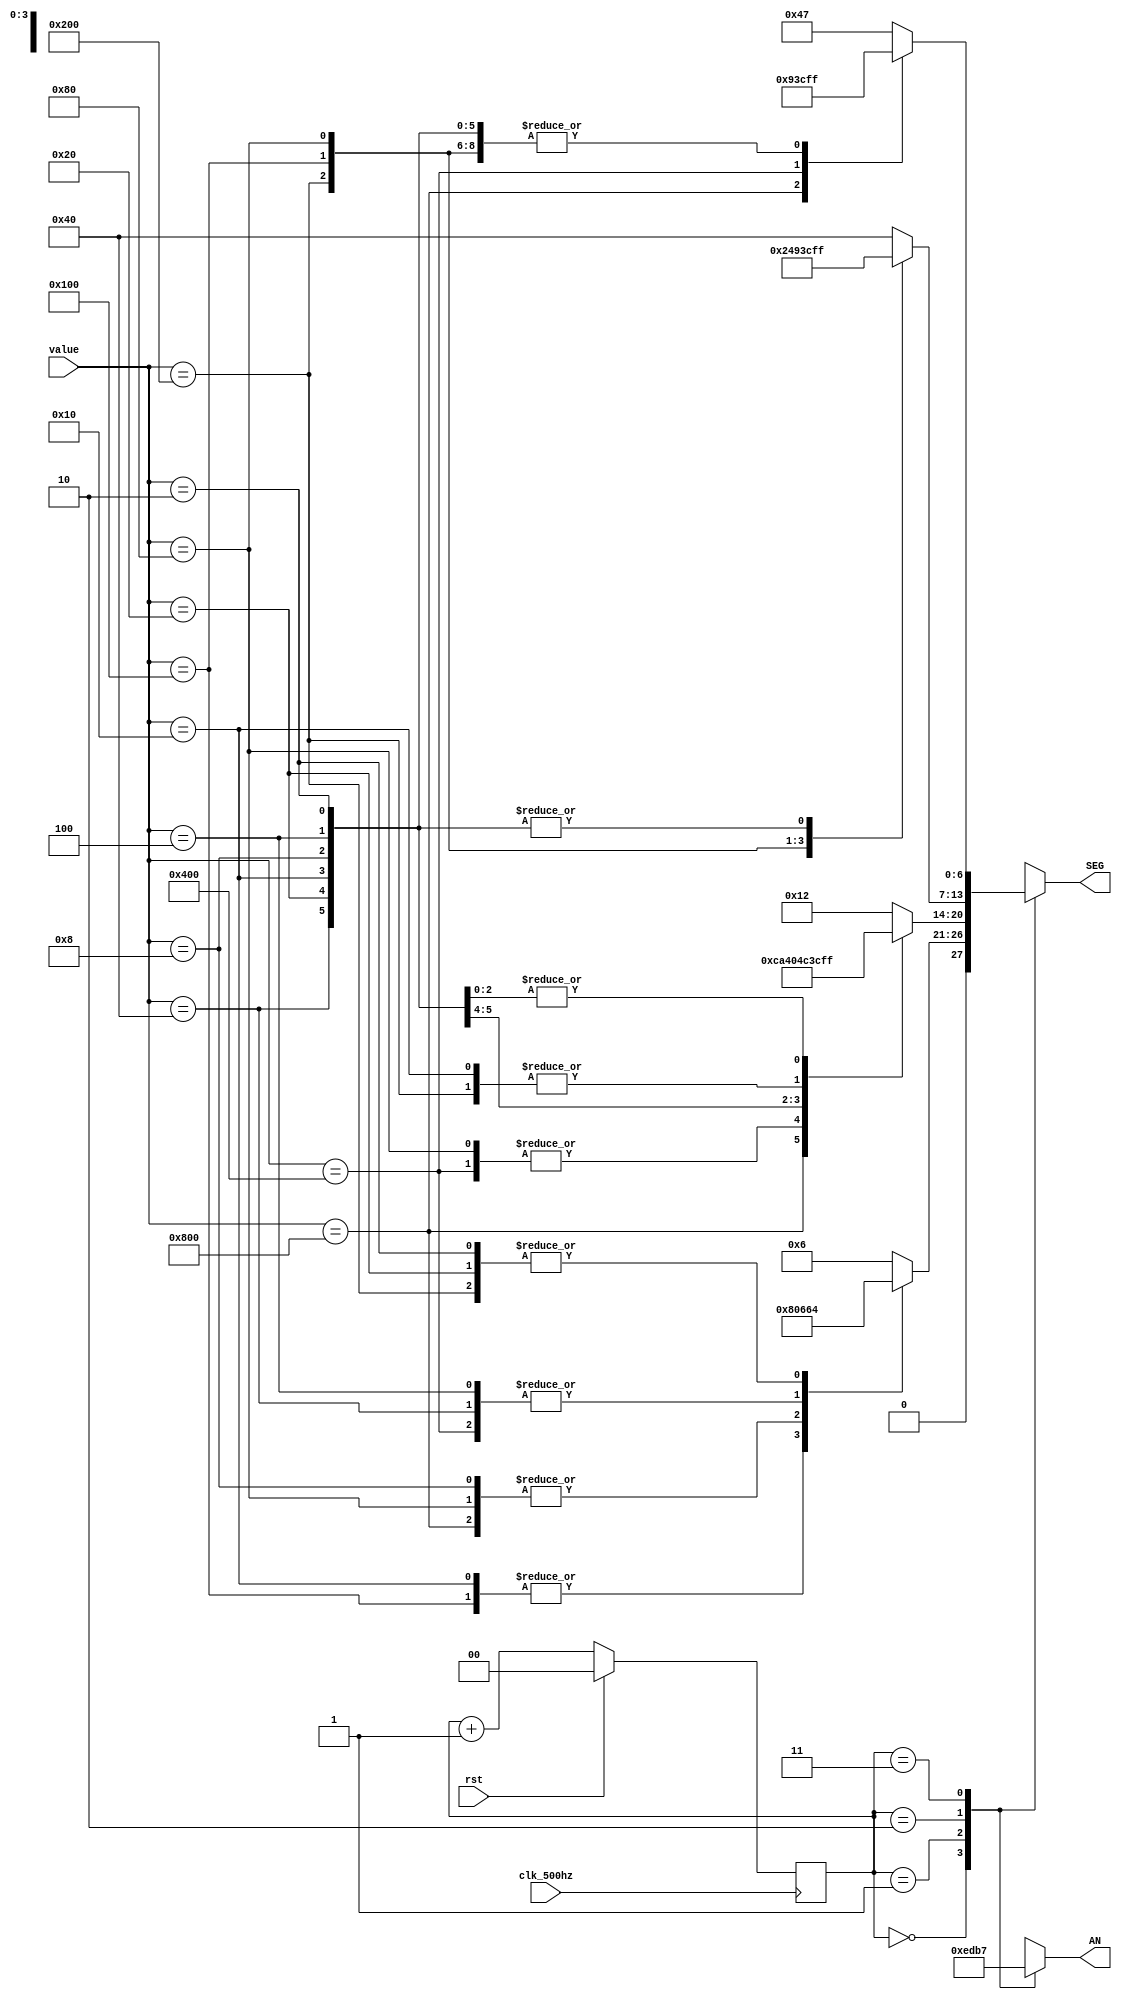
module display_controller (
    // Outputs
    AN, SEG,
    // Inputs
    clk_500hz, rst, value
);

input   clk_500hz;
input   rst;
input   [11:0]  value;

output reg [3:0] AN;
output reg [6:0] SEG;

reg [1:0] LED_counter;


function [6:0] fnmaxsel2seg;
    input [11:0] num;
	input [1:0] pos;
    begin
		case(pos)
		2'b00:		// ones
		begin
			case(num)
			12'd2048: fnmaxsel2seg = 7'b0000000;
			12'd1024: fnmaxsel2seg = 7'b0011001;
			12'd512: fnmaxsel2seg = 7'b0100100;
			12'd256: fnmaxsel2seg = 7'b0000010;
			12'd128: fnmaxsel2seg = 7'b0000000;
			12'd64: fnmaxsel2seg = 7'b0011001;
			12'd32: fnmaxsel2seg = 7'b0100100;	
			12'd16: fnmaxsel2seg = 7'b0000010;
			12'd8: fnmaxsel2seg = 7'b0000000;
			12'd4: fnmaxsel2seg = 7'b0011001;
			12'd2: fnmaxsel2seg = 7'b0100100;
			default: fnmaxsel2seg = 7'b0000110;    // E
			endcase
		end
		
        2'b01:		// tens 
		begin
			case(num)
			12'd2048: fnmaxsel2seg = 7'b0011001;
			12'd1024: fnmaxsel2seg = 7'b0100100;
			12'd512: fnmaxsel2seg = 7'b1111001;
			12'd256: fnmaxsel2seg = 7'b0010010;
			12'd128: fnmaxsel2seg = 7'b0100100;
			12'd64: fnmaxsel2seg = 7'b0000010;
			12'd32: fnmaxsel2seg = 7'b0110000;
			12'd16: fnmaxsel2seg = 7'b1111001; 
			12'd8: fnmaxsel2seg = 7'b1111111;     //nothing
			12'd4: fnmaxsel2seg = 7'b1111111;
			12'd2: fnmaxsel2seg = 7'b1111111;
			default: fnmaxsel2seg = 7'b0010010;    // S
			endcase
		end
		
        2'b10:		// hundreds
		begin
			case(num)
			12'd2048: fnmaxsel2seg = 7'b1000000; 
			12'd1024: fnmaxsel2seg = 7'b1000000; 
			12'd512: fnmaxsel2seg = 7'b0010010;
			12'd256: fnmaxsel2seg = 7'b0100100;
			12'd128: fnmaxsel2seg = 7'b1111001; 
			12'd64: fnmaxsel2seg = 7'b1111111;    //nothing
			12'd32: fnmaxsel2seg = 7'b1111111;
			12'd16: fnmaxsel2seg = 7'b1111111;
			12'd8: fnmaxsel2seg = 7'b1111111;
			12'd4: fnmaxsel2seg = 7'b1111111;
			12'd2: fnmaxsel2seg = 7'b1111111;
			default: fnmaxsel2seg = 7'b1000000;    // O
			endcase
		end
		
        2'b11:		// thousands
		begin
			case(num)
			12'd2048: fnmaxsel2seg = 7'b0100100;
			12'd1024: fnmaxsel2seg = 7'b1111001; 
			12'd512: fnmaxsel2seg = 7'b1111111;   //nothing
			12'd256: fnmaxsel2seg = 7'b1111111;
			12'd128: fnmaxsel2seg = 7'b1111111;
			12'd64: fnmaxsel2seg = 7'b1111111;
			12'd32: fnmaxsel2seg = 7'b1111111;
			12'd16: fnmaxsel2seg = 7'b1111111;
			12'd8: fnmaxsel2seg = 7'b1111111;
			12'd4: fnmaxsel2seg = 7'b1111111;
			12'd2: fnmaxsel2seg = 7'b1111111;
			default: fnmaxsel2seg = 7'b1000111;    // L
			endcase
		end
		endcase
		
    end
endfunction


function [3:0] fncounter2an;
    input [1:0] counter;
    begin
        case(counter)
        2'b00: fncounter2an = 4'b1110;     //right most
        2'b01: fncounter2an = 4'b1101;
        2'b10: fncounter2an = 4'b1011;
        2'b11: fncounter2an = 4'b0111;
        endcase
    end
endfunction


always @(posedge clk_500hz)
begin
    if(rst)
        LED_counter [1:0] <= 0;
    else 
        LED_counter <= LED_counter + 1;
end


always @(*)
begin
	AN [3:0] = fncounter2an(LED_counter[1:0]);
	SEG [6:0] = fnmaxsel2seg((value), (LED_counter[1:0]));
end


endmodule   //display_controller